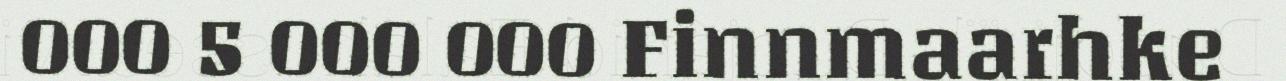
000 5 000 000 Finnmaarhke